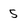
Character: 5